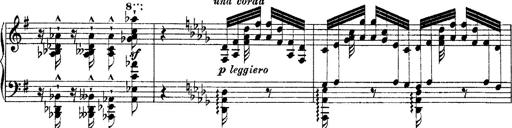
Title: Ã‰tudes d'exÃ©cution transcendante d'aprÃ¨s Paganini
Composer: Franz Liszt